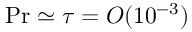
\ensuremath { \mathrm { P r } } \simeq \tau = O ( 1 0 ^ { - 3 } )